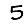
Digit: 5